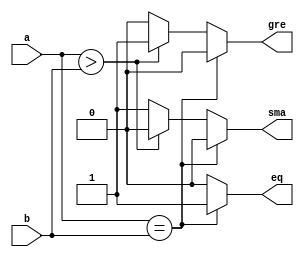
module comparator(a,b,eq,gre,sma);
  input[3:0]a,b;
  output reg eq,gre,sma;
  always @(a,b)
  begin
    eq=0;
    gre=0;
    sma=0;
    if(a==b)
      eq=1;
  else if(a>b)
    gre=1;
  else
    sma=1;
  end
endmodule